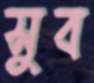
সুব